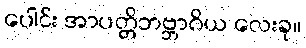
ပေါင်း အာပတ္တိဘဗ္ဘာဂိယ လေးခု။